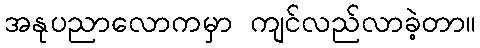
အနုပညာလောကမှာ ကျင်လည်လာခဲ့တာ။